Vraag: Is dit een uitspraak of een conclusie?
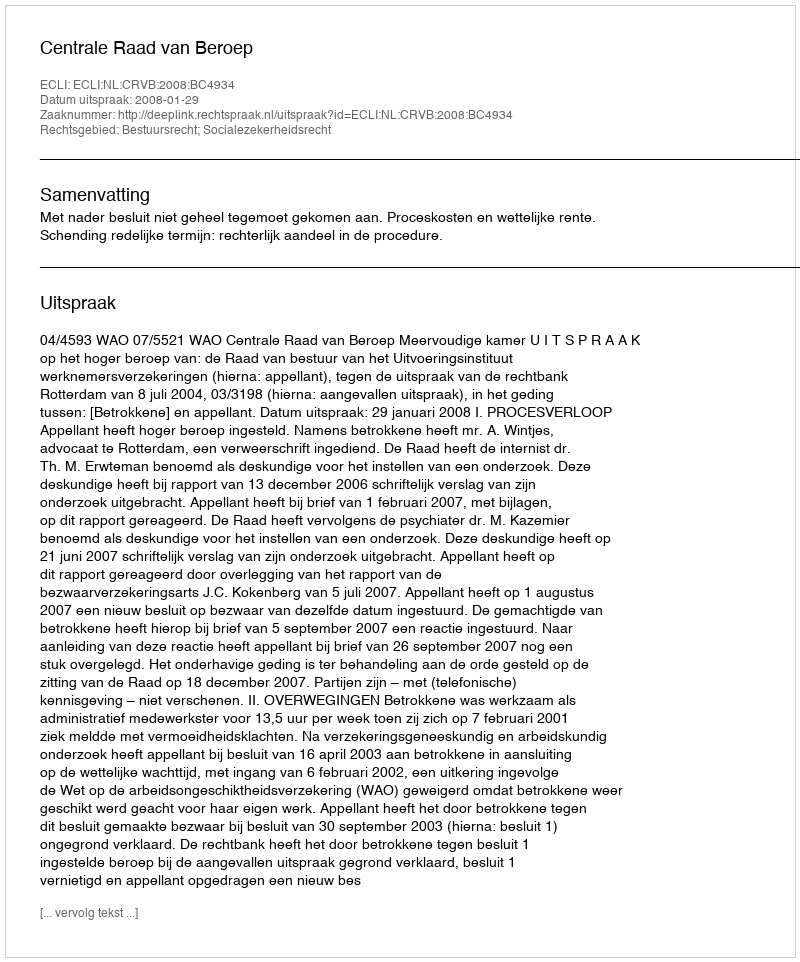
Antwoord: Uitspraak